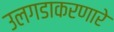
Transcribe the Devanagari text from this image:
उलगडाकरणारे